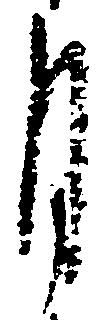
月